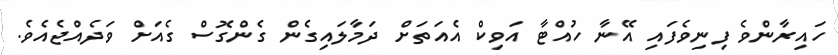
ހައިރާންވެ ފިނިވެފައި އޭނާ ހުއްޓާ އަވިކް އެއަތަށް ދަމާލައިގެން ގެންގޮސް ގެއަށް ވަދެއްޖެއެވެ.